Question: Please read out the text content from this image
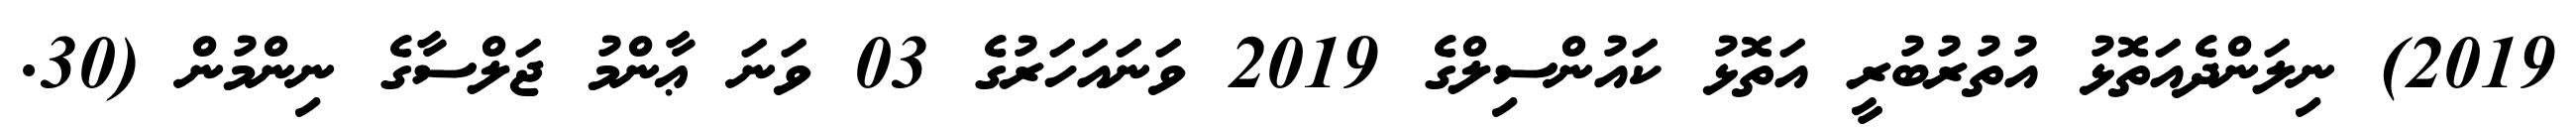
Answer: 2019) ނިލަންދެއަތޮޅު އުތުރުބުރީ އަތޮޅު ކައުންސިލްގެ 2019 ވަނައަހަރުގެ 03 ވަނަ ޢާންމު ޖަލްސާގެ ނިންމުން (30.